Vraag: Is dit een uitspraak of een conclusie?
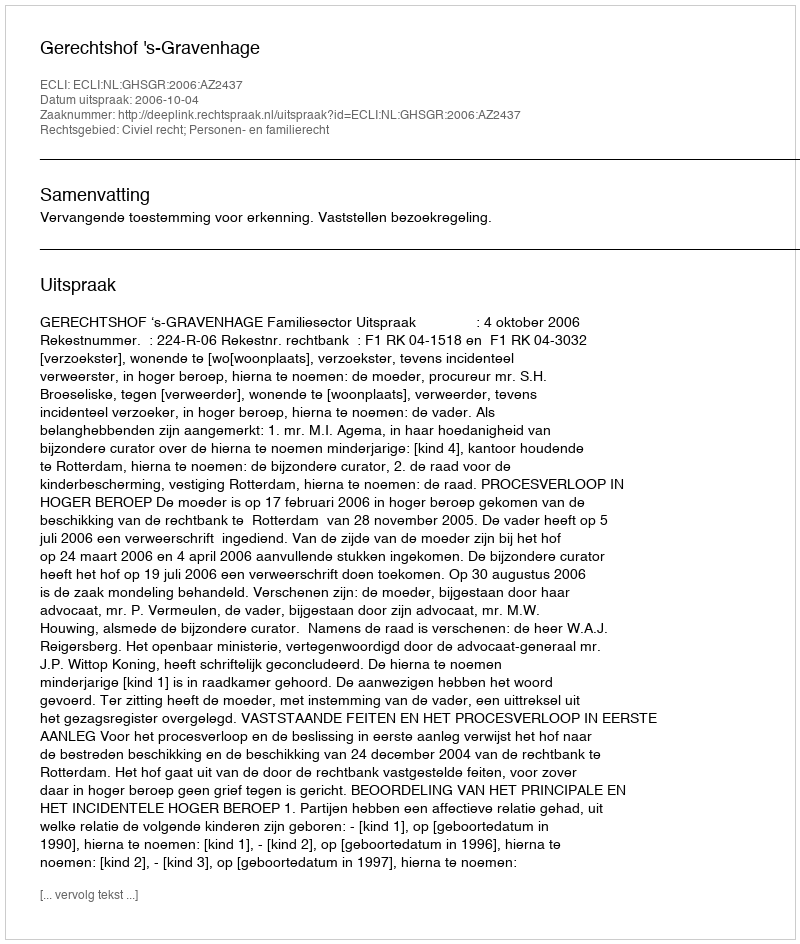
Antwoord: Uitspraak